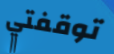
توقفتي